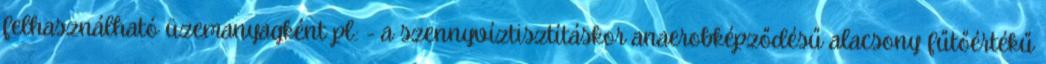
felhasználható üzemanyagként pl.: - a szennyvíztisztításkor anaerobképződésű alacsony fűtőértékű